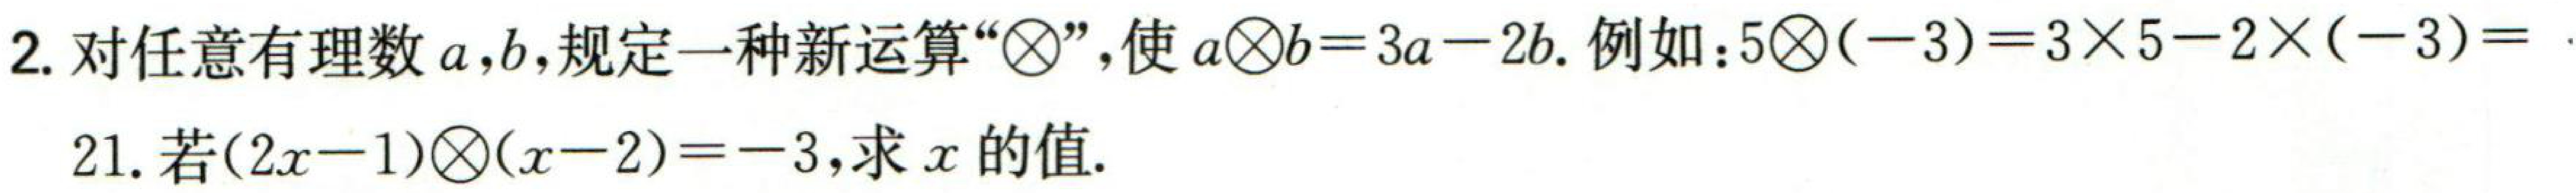
2. 对任意有理数 \(a,b\)，规定一种新运算“\(\bigotimes\)”，使 \(a\bigotimes b = 3a - 2b\). 例如：\(5\bigotimes(-3)=3\times5 - 2\times(-3)=\)

21. 若\((2x - 1)\bigotimes(x - 2)=-3\)，求 \(x\) 的值.